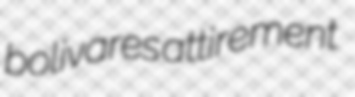
bolivares attirement